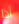
أذا